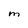
Character: M